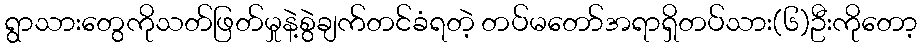
ရွာသားတွေကိုသတ်ဖြတ်မှုနဲ့စွဲချက်တင်ခံရတဲ့ တပ်မတော်အရာရှိတပ်သား(၆)ဦးကိုတော့